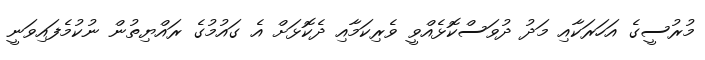
މުރުސީގެ އަހަރަކާއި މަދު ދުވަސްކޮޅެއްވީ ވެރިކަމާއި ދެކޮޅަށް އެ ގައުމުގެ ރައްޔިތުން ނުކުމެފައިވަނީ